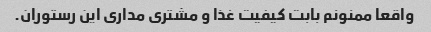
واقعا ممنونم بابت کیفیت غذا و مشتری مداری این رستوران.